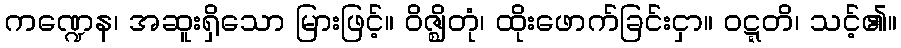
ကဏ္ဍေန၊ အဆူးရှိသော မြားဖြင့်။ ဝိဇ္ဈိတုံ၊ ထိုးဖောက်ခြင်းငှာ။ ဝဋ္ဋတိ၊ သင့်၏။